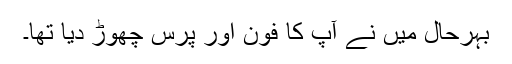
بہرحال میں نے آپ کا فون اور پرس چھوڑ دیا تھا۔